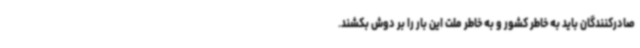
صادرکنندگان باید به خاطر کشور و به خاطر ملت این بار را بر دوش بکشند.